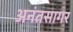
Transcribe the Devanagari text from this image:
अनंतसागर